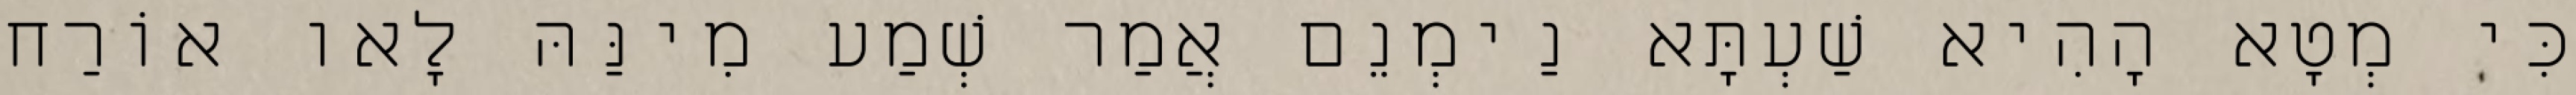
כִּי מְטָא הָהִיא שַׁעְתָּא נַימְנֵם אֲמַר שְׁמַע מִינַּהּ לָאו אוֹרַח